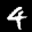
Label: 4